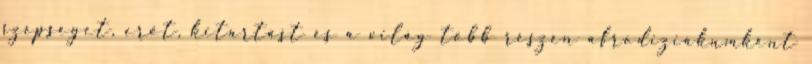
szépséget, erőt, kitartást és a világ több részén afrodiziákumként